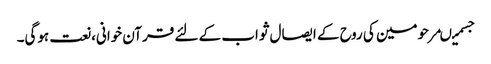
جسمیںمرحومین کی روح کے ایصال ثواب کے لئے قرآن خوانی،نعت ہوگی۔